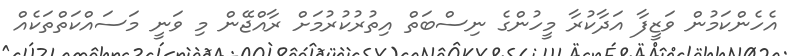
އެހެންކަމުން ވަޒީފާ އަދާކުރާ މީހުންގެ ނިސްބަތް އިތުރުކުރުމަށް ރާއްޖޭން މި ވަނީ މަސައްކަތްތަކެއް